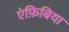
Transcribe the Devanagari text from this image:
एंफ़िबिया